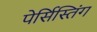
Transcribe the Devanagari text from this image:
पेर्सिस्तिंग